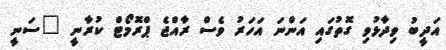
އަދީބު ވިދާޅުވި ގޮތުގައި އަންނަ އަހަރު ވެސް ރާއްޖެ ޕްރޮމޯޓް ކުރާނީ "ސަނީ